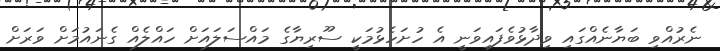
ނެރުއްވި ބަޔާނެއްގައި ވިދާޅުވެފައިވަނީ އެ ހުށަހެޅުމަކީ ސޫރިޔާގެ މައްސަލައަށް ހައްލެއް ގެނައުމަށް ވަރަށް